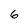
Character: 6